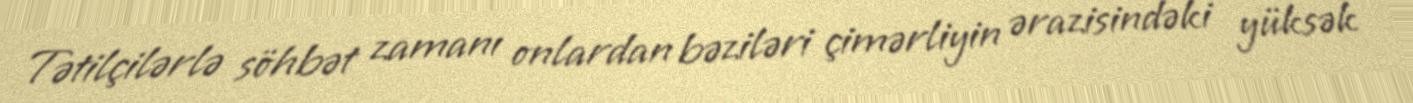
Tətilçilərlə söhbət zamanı onlardan bəziləri çimərliyin ərazisindəki yüksək